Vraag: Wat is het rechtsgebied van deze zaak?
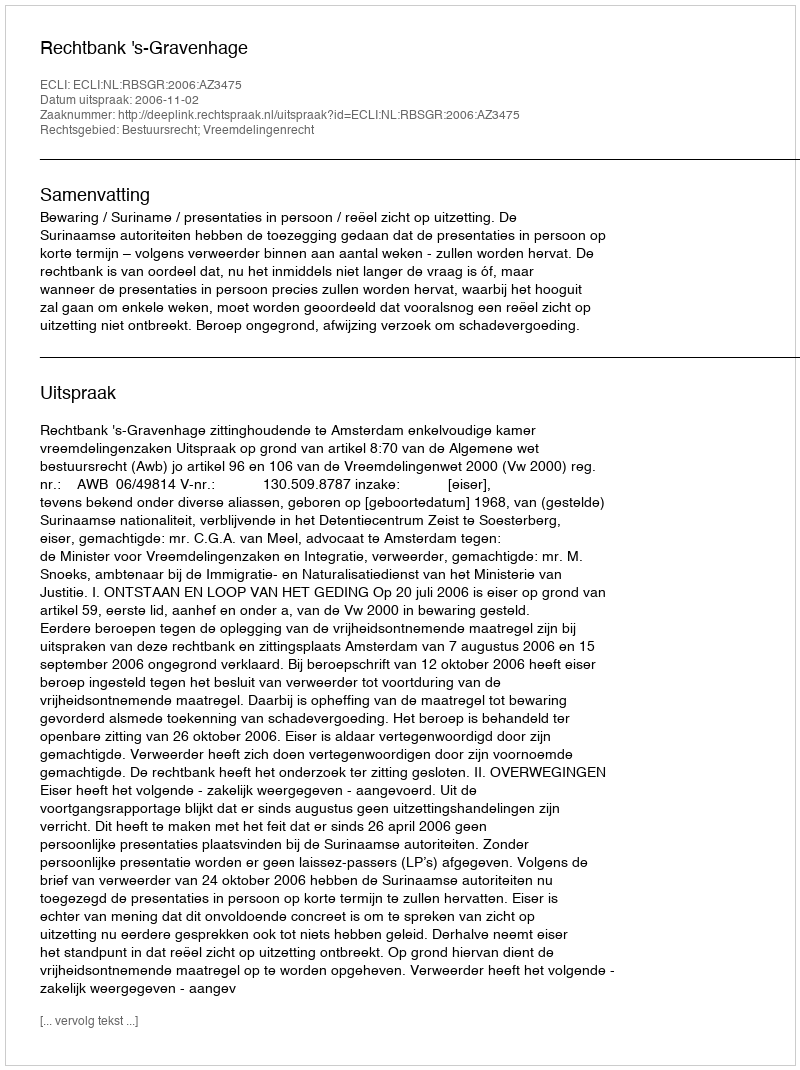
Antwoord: Bestuursrecht; Vreemdelingenrecht